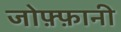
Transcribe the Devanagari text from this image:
जोफ़्फ़ानी